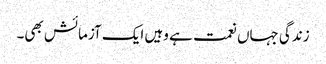
زندگی جہاں نعمت ہے وہیں ایک آزمائش بھی۔